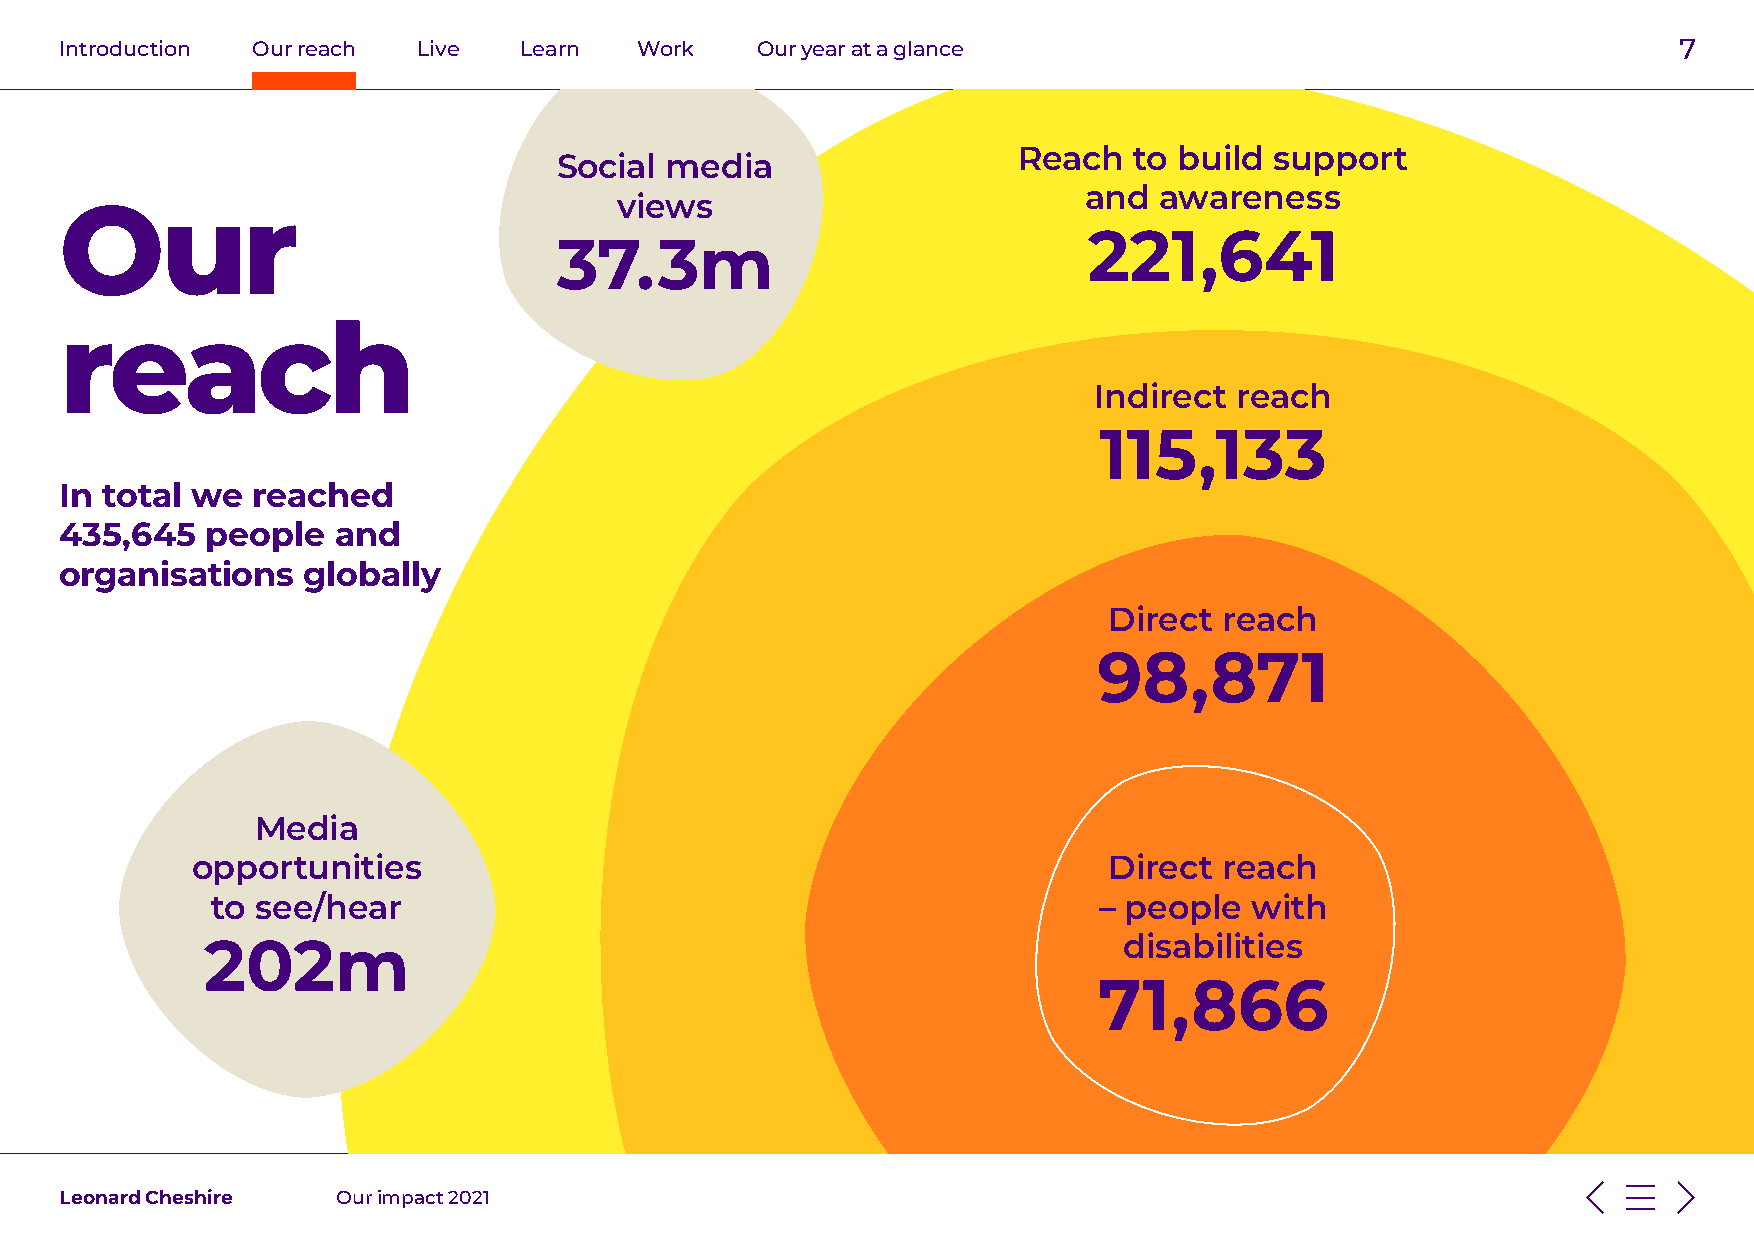
Introduction Our reach  Live  Learn   Work    Our year at a glance                                         7
 Reach   to build support
 Social media
 and  awareness
 views
 Our
 221,641
 37.3m
 reach
 Indirect  reach
 115,133
 In total we  reached
 435,645   people  and
 organisations   globally
 Direct  reach
 98,871
 Media
 opportunities                                               Direct  reach
 to see/hear                                                – people  with
 202m                                                        disabilities
 71,866
 Leonard Cheshire  Our impact 2021